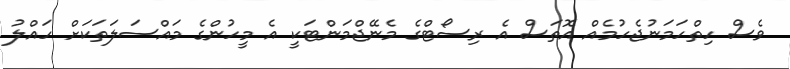
ވެސް ހިތްހަމަނުޖެހުމެއް އޮތަސް އެ ރިސޯޓްގެ މެނޭޖްމަންޓަކީ އެ މީހުންގެ މައްސަލަތަކަށް ހައްލު